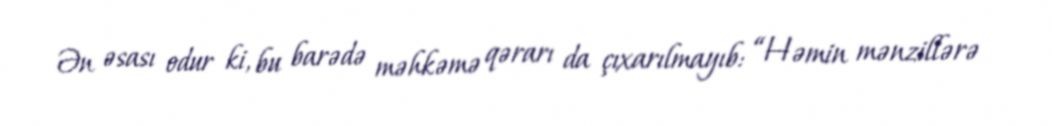
Ən əsası odur ki, bu barədə məhkəmə qərarı da çıxarılmayıb: “Həmin mənzillərə